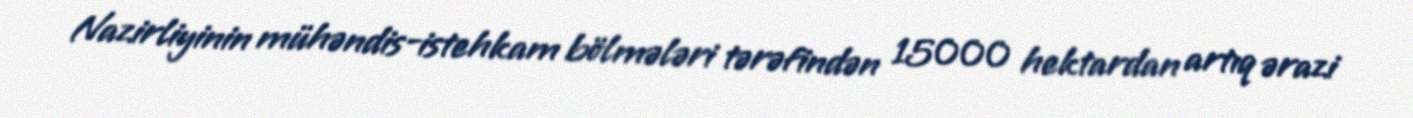
Nazirliyinin mühəndis-istehkam bölmələri tərəfindən 15000 hektardan artıq ərazi